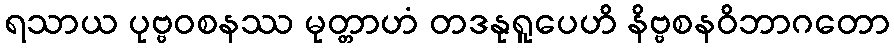
ရသာယ ပုဗ္ဗဝစနဿ မုတ္တာဟံ တဒနုရူပေဟိ နိဗ္ဗစနဝိဘာဂတော